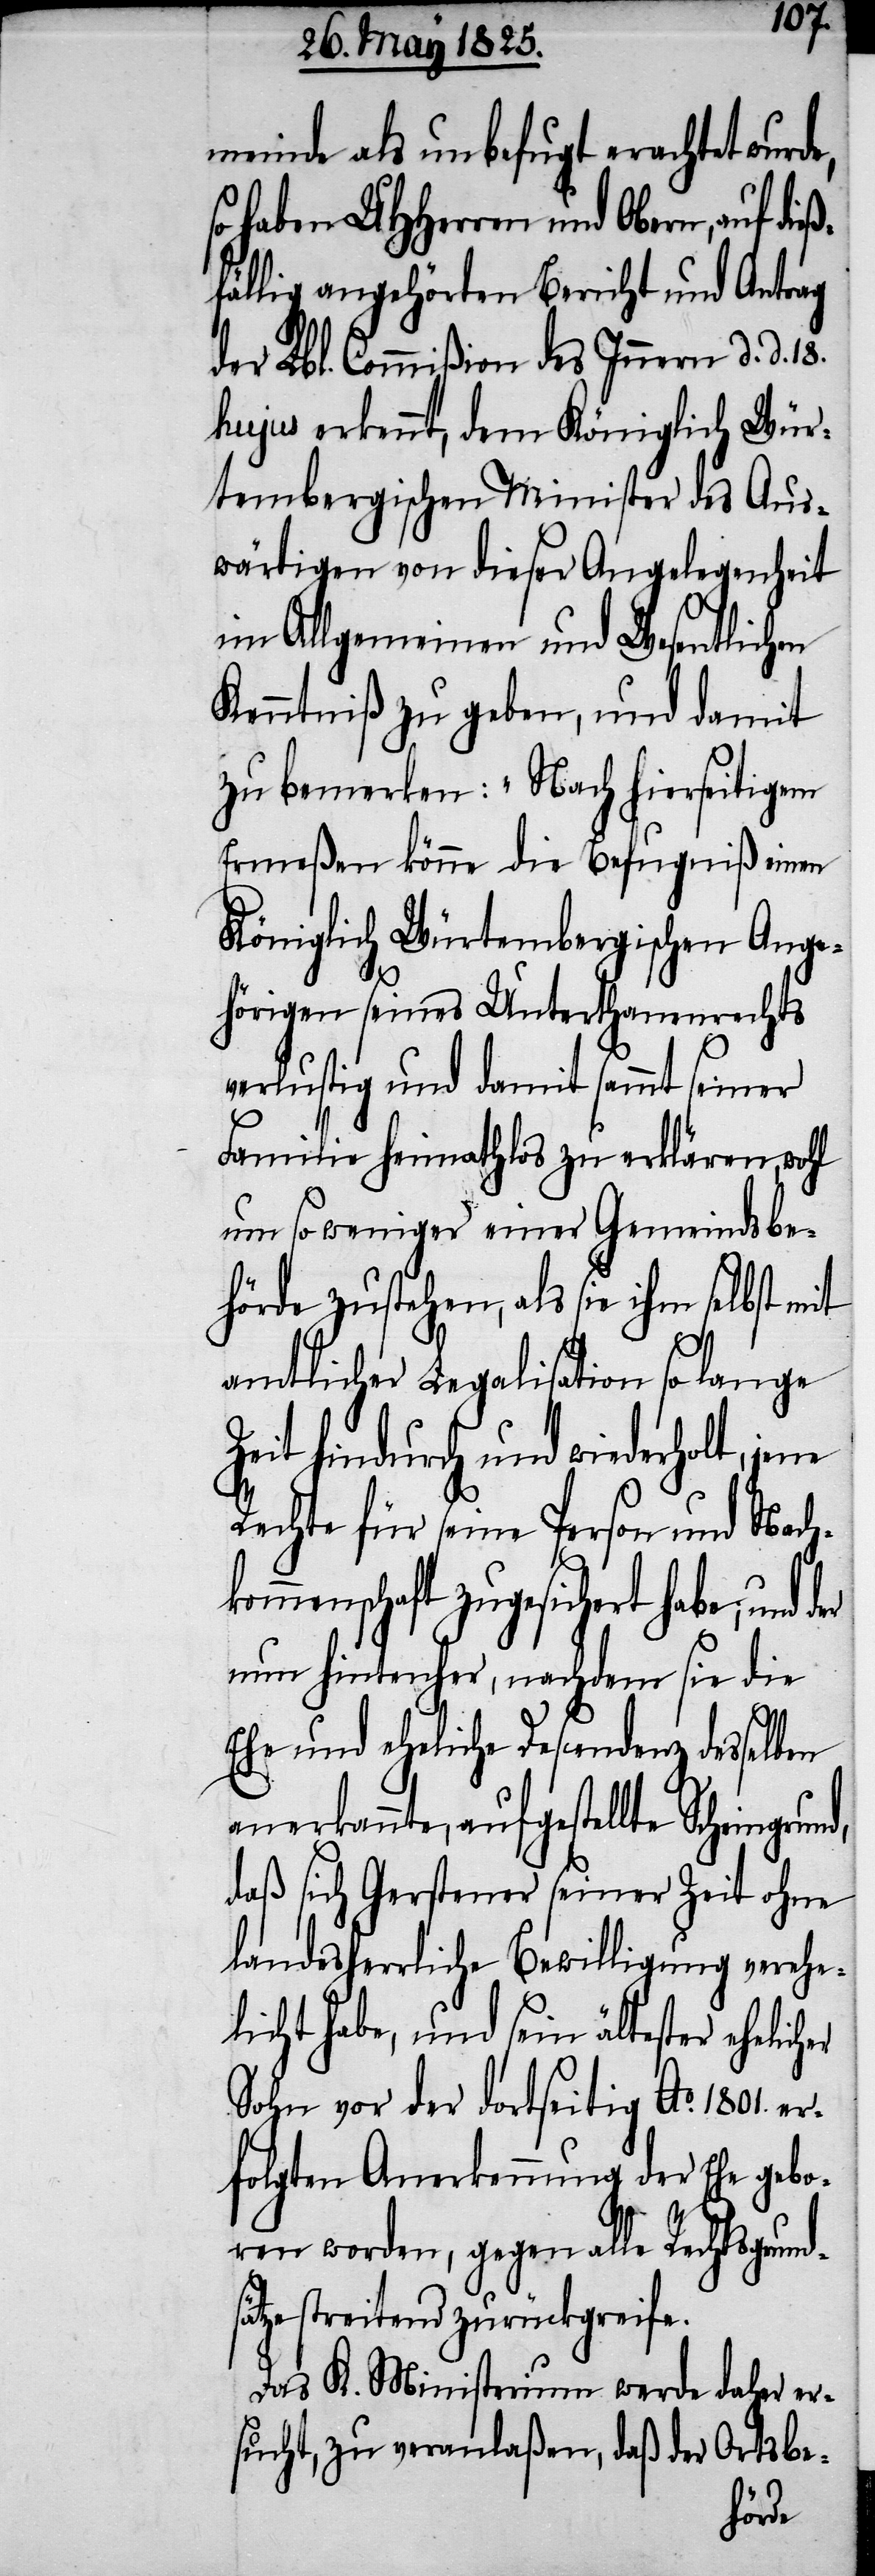
meinde als unbefugt erachtet wurd¬
so haben UHHerren und Obern, auf die¬
falls angehörten Bericht und Antrag
der Lbl. Commißion des Innern d. d. 18.
hujus erkennt, dem Königlich Wür¬
tembergischen Minister des Aus¬
wärtigen von dieser Angelegenheit
im Allgemeinen und Wesentlichen
Kenntniß zu geben, und damit
zu bemerken: „Nach hierseitigem
Ermeßen könne die Befugniß einen
Königlich Würtembergischen Ange¬
hörigen seines Unterthanenrechts
verlustig und damit sammt seiner
Familie heimathlos zu erklären, wohl
um so weniger einer Gemeindsbe¬
hörde zustehen, als sie ihm selbst
amtlicher Legalisation so lange
Zeit hindurch und wiederholt, je¬
Rechte für seine Person und Nac¬
kommenschaft zugesichert habe; und
nun hintenher, nachdem sie die
Ehe und eheliche Descendenz desselben
anerkannte, aufgestellte Scheingrun¬
daß sich Gerstener seiner Zeit ohne
landesherrliche Bewilligung verehe¬
licht hatte, und sein ältester ehelic¬
Sohn vor der dortseitig Ao. 1801. e¬
rfolgten Anerkennung der Ehe gebo¬
ren worden, gegen alle Rechtsgrund¬
ätze streitend zurückgreife.
Das K. Ministerium werde daher er¬
nla¬
n, daß der
sucht, zu ver¬
ße¬